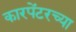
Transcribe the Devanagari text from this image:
कारपेंटरच्या